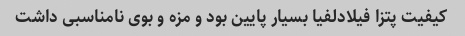
کیفیت پتزا فیلادلفیا بسیار پایین بود و مزه و بوی نامناسبی داشت